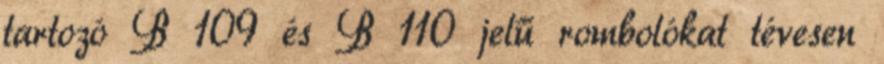
tartozó B 109 és B 110 jelű rombolókat tévesen